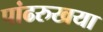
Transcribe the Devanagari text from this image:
पांढरुखया